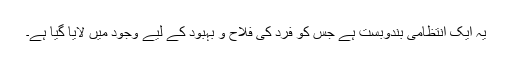
یہ ایک انتظامی بندوبست ہے جس کو فرد کی فلاح و بہبود کے لیے وجود میں لایا گیا ہے۔